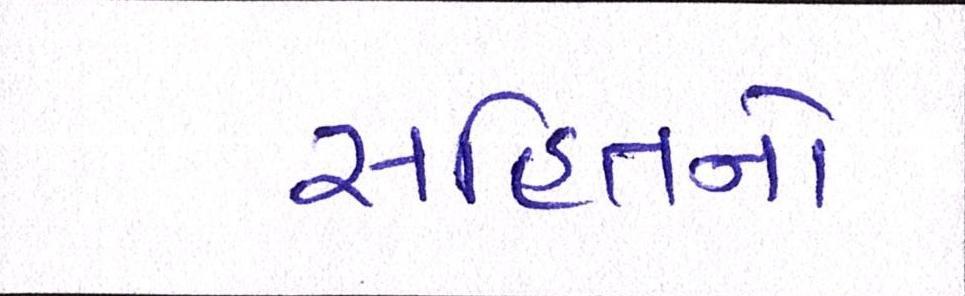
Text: સહિતનો